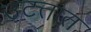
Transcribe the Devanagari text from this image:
उटतात